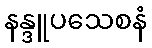
နန္ဒူပသေစနံ